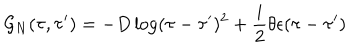
LaTeX: { \cal G } _ { N } ( \tau , \tau ^ { \prime } ) = - D \log ( \tau - \tau ^ { \prime } ) ^ { 2 } + \frac i 2 \theta \epsilon ( \tau - \tau ^ { \prime } )